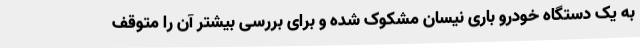
به یک دستگاه خودرو باری نیسان مشکوک شده و برای بررسی بیشتر آن را متوقف